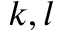
k , l